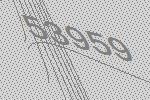
53959